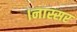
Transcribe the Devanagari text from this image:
।नास्सर